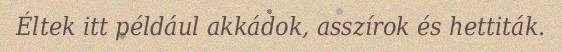
Éltek itt például akkádok, asszírok és hettiták.